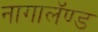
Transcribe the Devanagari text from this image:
नागालॅण्ड